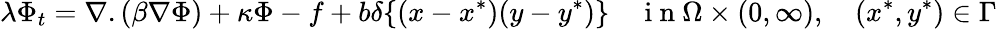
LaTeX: \lambda\Phi_{t}=\nabla.(\beta\nabla\Phi)+\kappa\Phi-f+b\delta\{ (x-x^{*})(y-y^{*})\} \quad\mathrm{~i~n~}\Omega\times(0,\infty),\quad(x^{*},y^{*})\in\Gamma